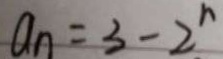
a _ { n } = 3 - 2 ^ { n }